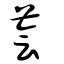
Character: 薈